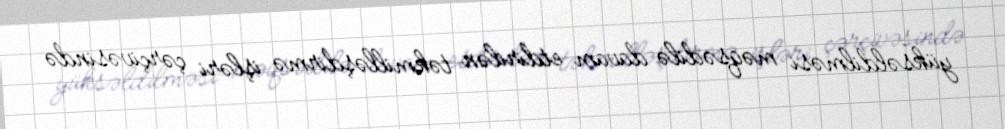
yüksəldilməsi məqsədilə davam etdirilən təkmilləşdirmə işləri çərçivəsində